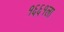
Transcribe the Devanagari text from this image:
१६६१ला